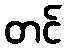
တင်